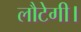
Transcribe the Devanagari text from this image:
लौटेगी।